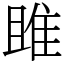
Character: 雎